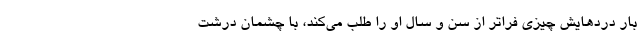
بار دردهایش چیزی فراتر از سن و سال او را طلب می‌کند، با چشمان درشت